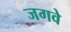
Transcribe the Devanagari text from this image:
जगवे